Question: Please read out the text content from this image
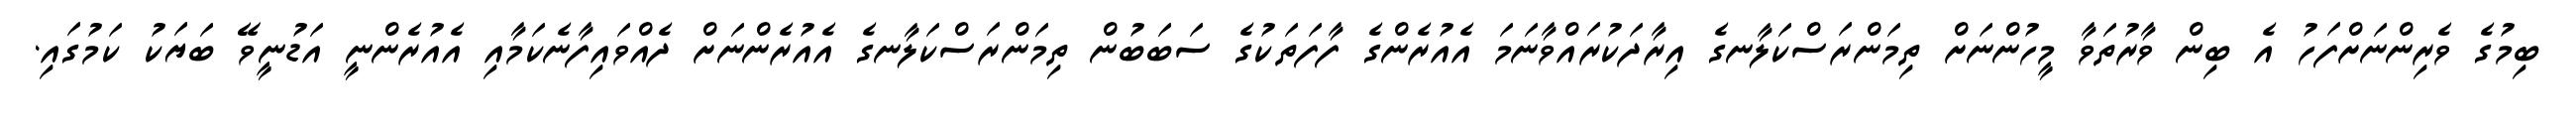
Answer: ބިމުގެ ވެރިންނަށްފަހު އެ ބިން ވާރުތަވާ މީހުންނަށް ތިމަންރަސްކަލާނގެ އިރާދަކުރައްވާނަމަ އެއުރެންގެ ފާފަތަކުގެ ސަބަބުން ތިމަންރަސްކަލާނގެ އެއުރެންނަށް ދެއްވައިފާނެކަމާއި އެއުރެންނީ އަޑުނީވޭ ބަޔަކު ކަމުގައި.